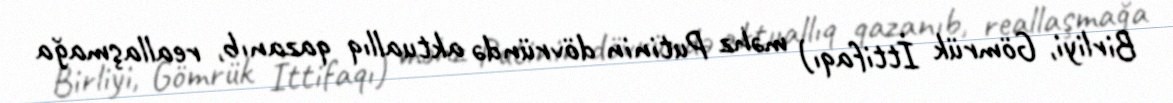
Birliyi, Gömrük İttifaqı) məhz Putinin dövründə aktuallıq qazanıb, reallaşmağa